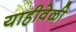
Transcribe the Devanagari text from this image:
याहीवेळी